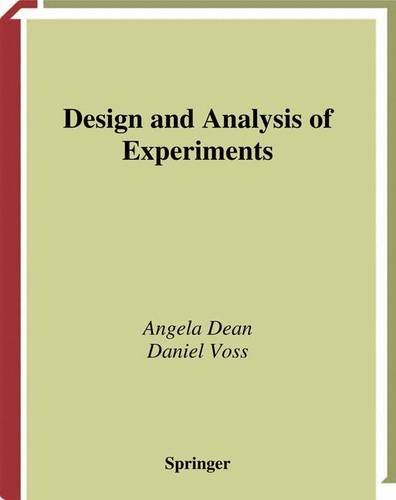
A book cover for Design and Analysis of Experiments (Springer Texts in Statistics); Angela M. Dean; Science & Math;